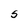
Character: S